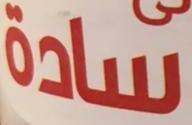
سادة